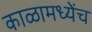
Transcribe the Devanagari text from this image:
काळामध्येंच